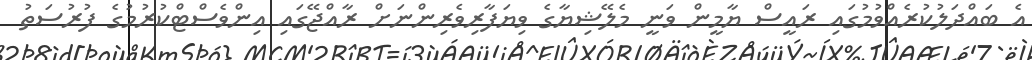
އެ ބައްދަލުކުރެއްވުމުގައި ރައީސް ޔާމީން ވަނީ މެލޭޝިޔާގެ ވިޔަފާރިވެރިންނަށް ރާއްޖޭގައި އިންވެސްޓްކުރުމުގެ ފުރުސަތު